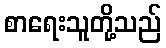
စာရေးသူတို့သည်